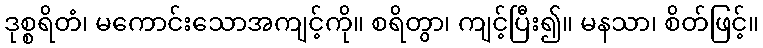
ဒုစ္စရိတံ၊ မကောင်းသောအကျင့်ကို။ စရိတွာ၊ ကျင့်ပြီး၍။ မနသာ၊ စိတ်ဖြင့်။